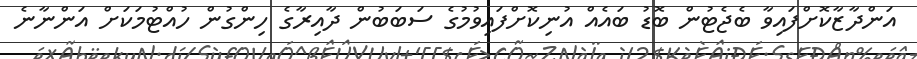
އަންދާޒާކޮށްފައިވާ ބެޖެޓުން ބޮޑު ބައެއް އުނިކޮށްފައިވުމުގެ ސަބަބުން ދާއިރާގެ ހިންގުން ހުއްޓުމަކަށް އަންނާނެ